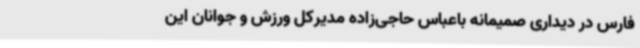
فارس در دیداری صمیمانه باعباس حاجی‌زاده مدیرکل ورزش و جوانان این